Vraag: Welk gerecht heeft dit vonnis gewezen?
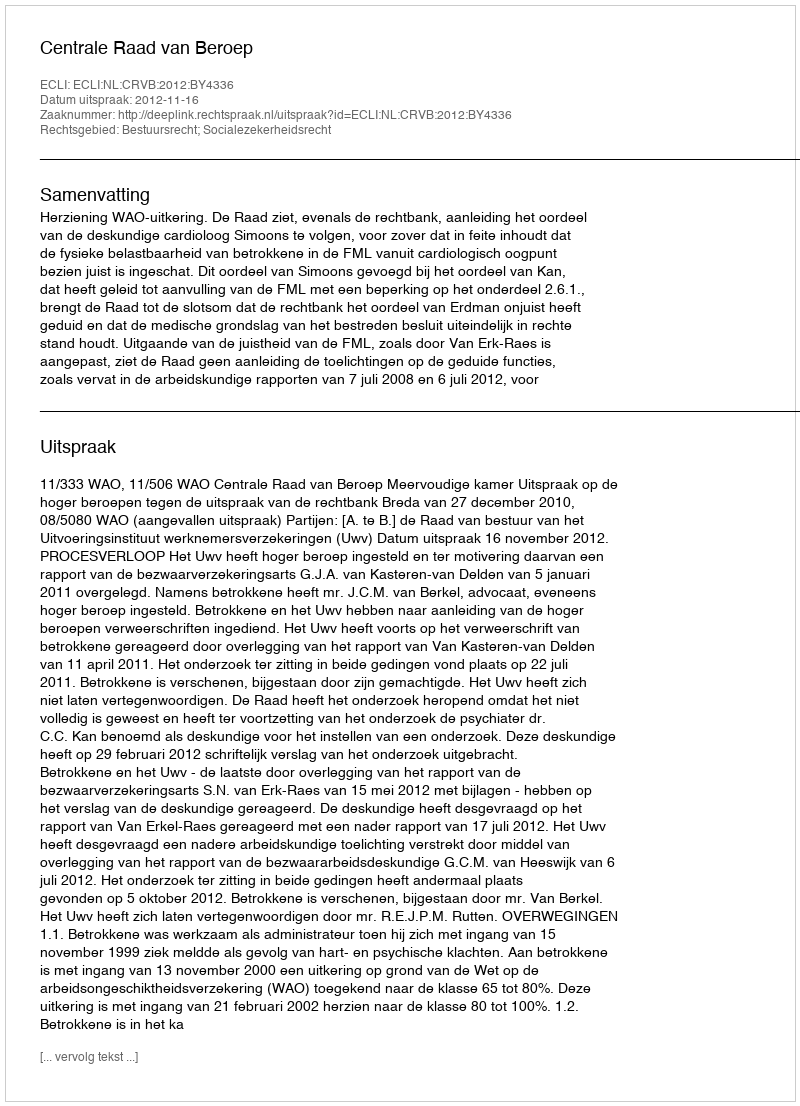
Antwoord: Centrale Raad van Beroep